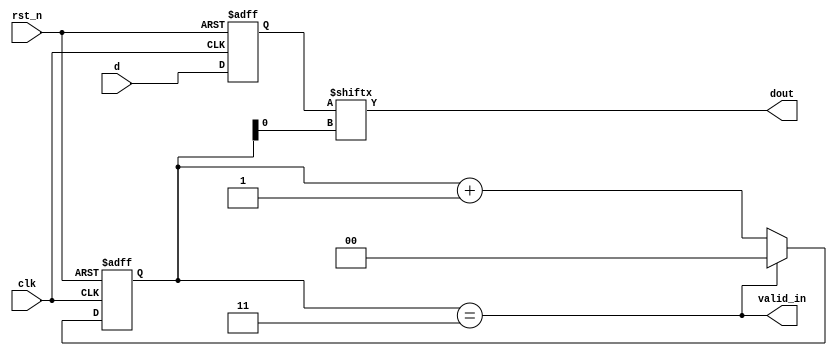
module p_to_s(
    input        clk,
    input        rst_n,
    input  [3:0] d,
    output       valid_in,
    output       dout
);

// Internal signal declarations
reg [3:0] shift_reg;
reg [1:0] counter;
wire      mux_sel;

// Counter logic for generating `valid_in` and `mux_sel` signal
assign valid_in = (counter == 3'b011); // When counter is 3, valid_in is high
assign mux_sel = counter;

always @(posedge clk or negedge rst_n) begin
    if (!rst_n) begin
        counter <= 2'b00;
        shift_reg <= 4'b0000;
    end else begin
        if (counter == 2'b11) begin
            counter <= 2'b00; // Reset the counter after 4 clock cycles
        end else begin
            counter <= counter + 2'b01; // Increment counter
        end
        shift_reg <= d; // Load new data on every new valid set
    end
end

// Parallel to serial conversion logic using shift register
assign dout = shift_reg[mux_sel];

endmodule